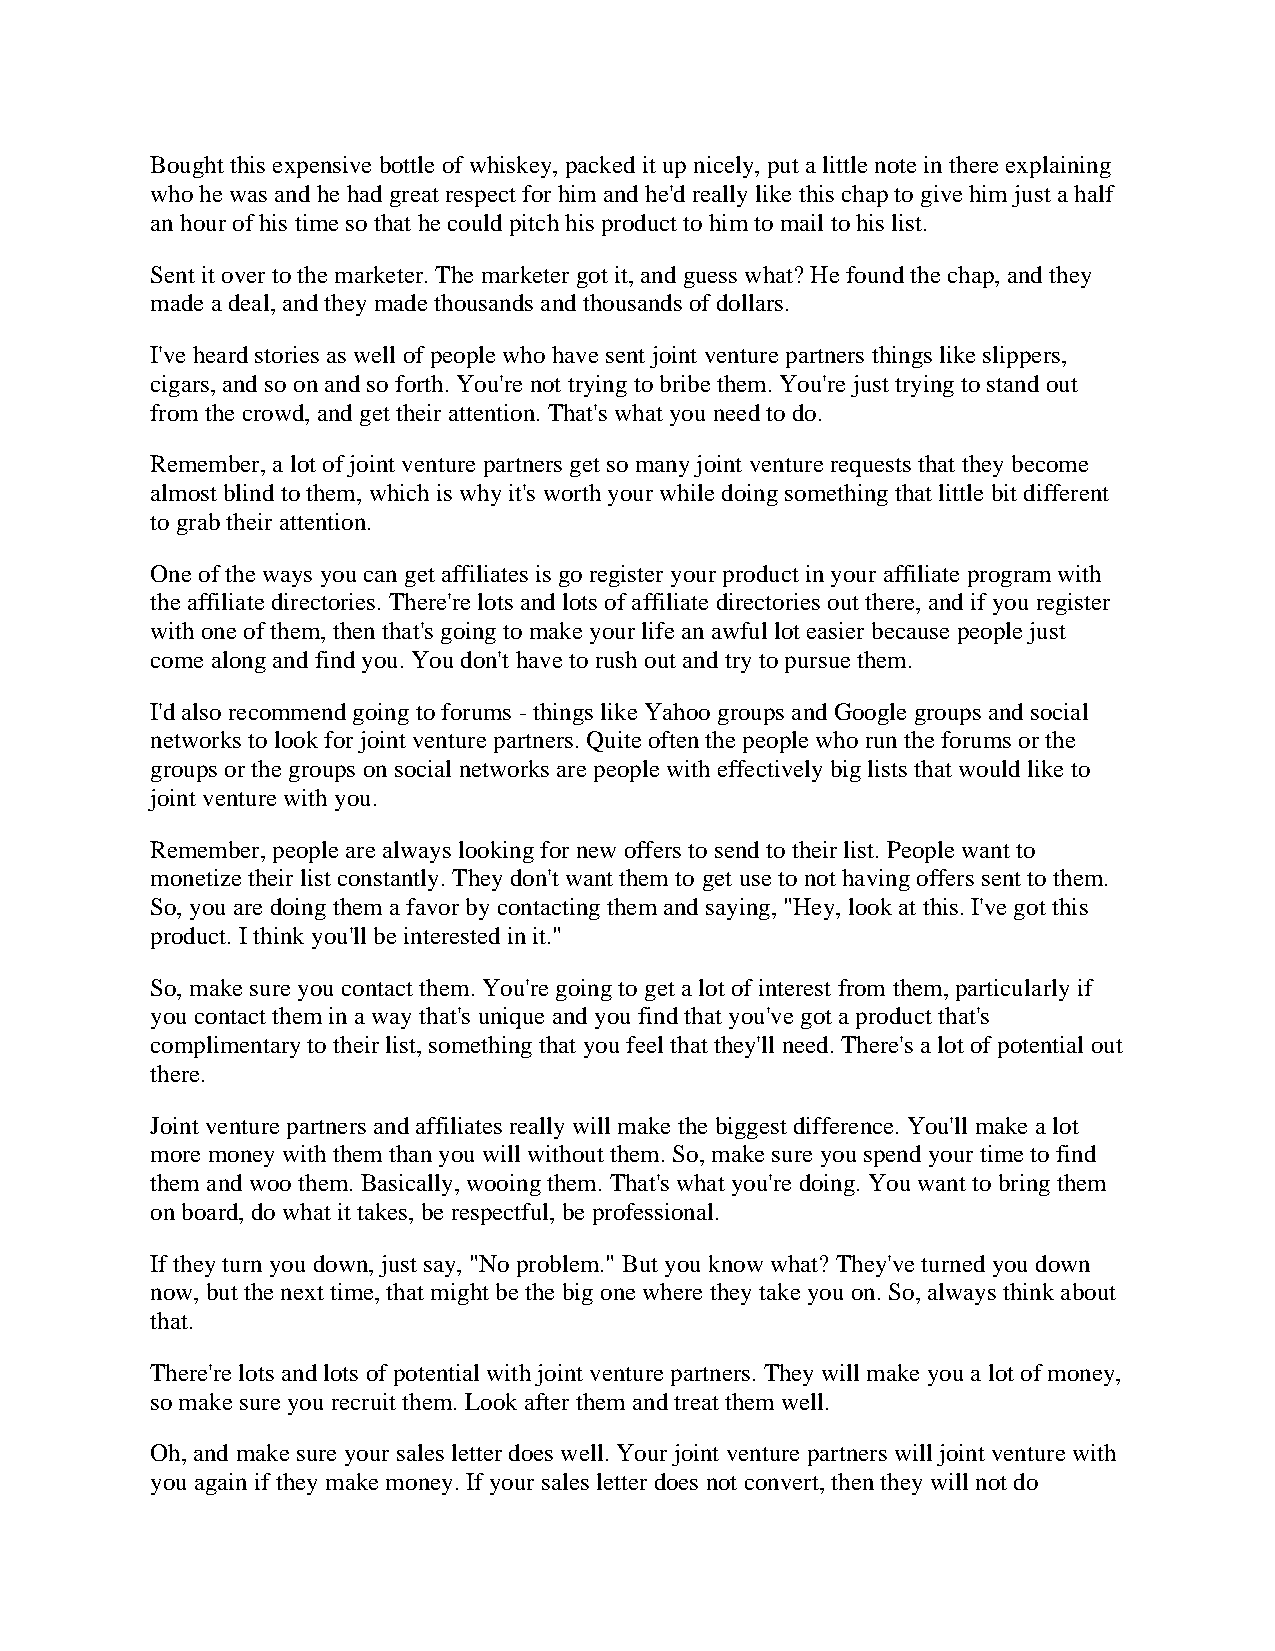
Bought this expensive bottle of whiskey, packed it up nicely, put a little note in there explaining
 who he was and he had great respect for him and he'd really like this chap to give him just a half
 an hour of his time so that he could pitch his product to him to mail to his list.
 Sent it over to the marketer. The marketer got it, and guess what? He found the chap, and they
 made a deal, and they made thousands and thousands of dollars.
 I've heard stories as well of people who have sent joint venture partners things like slippers,
 cigars, and so on and so forth. You're not trying to bribe them. You're just trying to stand out
 from the crowd, and get their attention. That's what you need to do.
 Remember, a lot of joint venture partners get so many joint venture requests that they become
 almost blind to them, which is why it's worth your while doing something that little bit different
 to grab their attention.
 One of the ways you can get affiliates is go register your product in your affiliate program with
 the affiliate directories. There're lots and lots of affiliate directories out there, and if you register
 with one of them, then that's going to make your life an awful lot easier because people just
 come along and find you. You don't have to rush out and try to pursue them.
 I'd also recommend going to forums - things like Yahoo groups and Google groups and social
 networks to look for joint venture partners. Quite often the people who run the forums or the
 groups or the groups on social networks are people with effectively big lists that would like to
 joint venture with you.
 Remember, people are always looking for new offers to send to their list. People want to
 monetize their list constantly. They don't want them to get use to not having offers sent to them.
 So, you are doing them a favor by contacting them and saying, "Hey, look at this. I've got this
 product. I think you'll be interested in it."
 So, make sure you contact them. You're going to get a lot of interest from them, particularly if
 you contact them in a way that's unique and you find that you've got a product that's
 complimentary to their list, something that you feel that they'll need. There's a lot of potential out
 there.
 Joint venture partners and affiliates really will make the biggest difference. You'll make a lot
 more money with them than you will without them. So, make sure you spend your time to find
 them and woo them. Basically, wooing them. That's what you're doing. You want to bring them
 on board, do what it takes, be respectful, be professional.
 If they turn you down, just say, "No problem." But you know what? They've turned you down
 now, but the next time, that might be the big one where they take you on. So, always think about
 that.
 There're lots and lots of potential with joint venture partners. They will make you a lot of money,
 so make sure you recruit them. Look after them and treat them well.
 Oh, and make sure your sales letter does well. Your joint venture partners will joint venture with
 you again if they make money. If your sales letter does not convert, then they will not do